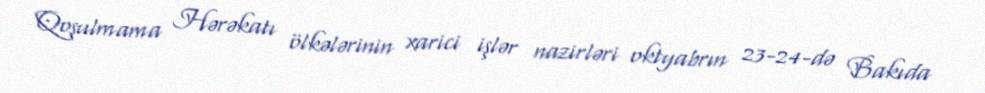
Qoşulmama Hərəkatı ölkələrinin xarici işlər nazirləri oktyabrın 23-24-də Bakıda